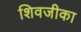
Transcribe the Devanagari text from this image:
शिवजीका